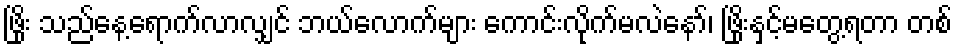
ဖြိုး သည်နေ့ရောက်လာလျှင် ဘယ်လောက်များ ကောင်းလိုက်မလဲနော်၊ ဖြိုးနှင့်မတွေ့ရတာ တစ်